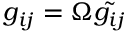
g _ { i j } = \Omega \tilde { g _ { i j } }